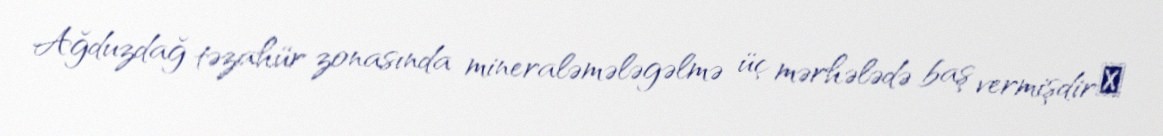
Ağduzdağ təzahür zonasında mineraləmələgəlmə üç mərhələdə baş vermişdirː